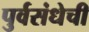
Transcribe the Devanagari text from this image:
पुर्वसंधेची